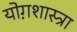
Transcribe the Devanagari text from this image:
योग़शास्त्रा